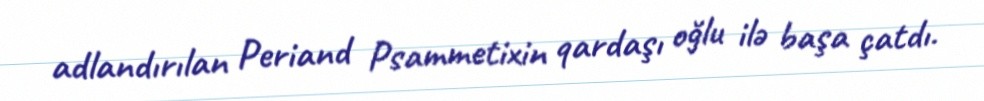
adlandırılan Periand Psammetixin qardaşı oğlu ilə başa çatdı.